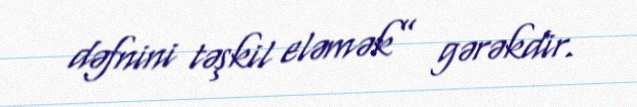
dəfnini təşkil eləmək” gərəkdir.